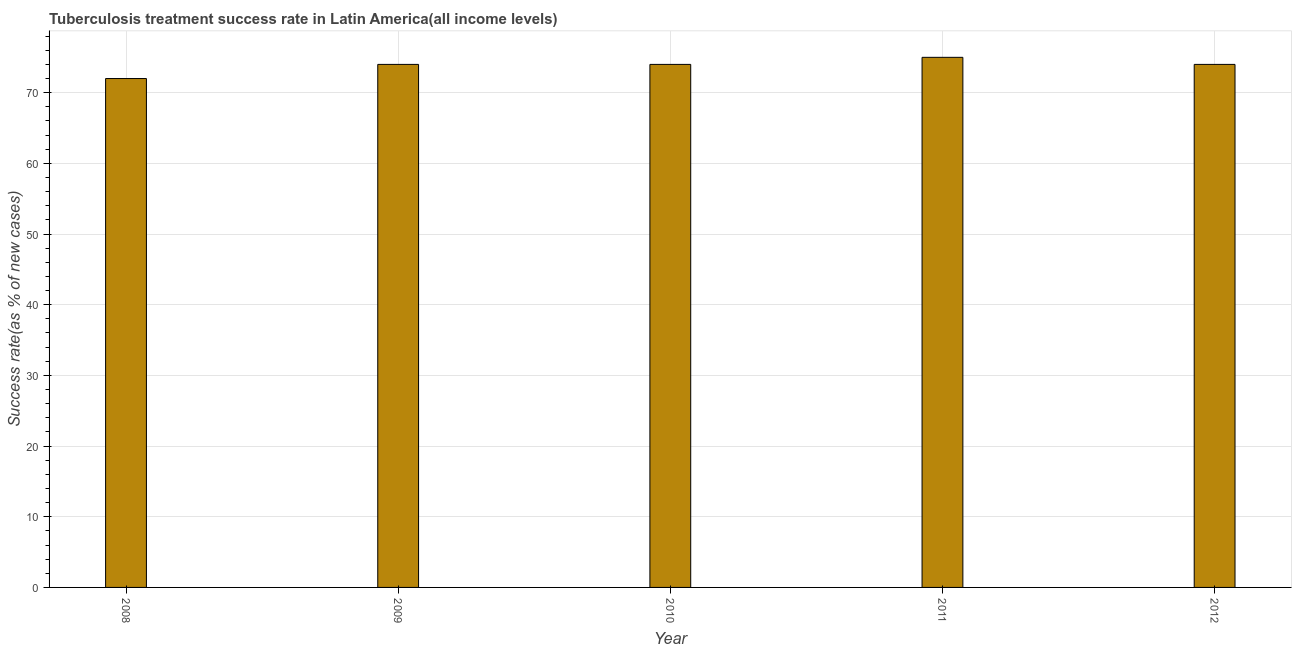
| Year | Tuberculosis treatment success rate |
 | --- | --- |
 | 2008 | 72 |
 | 2009 | 74 |
 | 2010 | 74 |
 | 2011 | 75 |
 | 2012 | 74 |